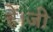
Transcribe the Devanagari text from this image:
हैं।जी